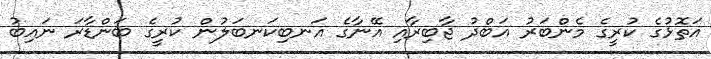
އަތޮޅުގެ ކުރީގެ މެންބަރު އަބްދު ޖާބިރާއި އޭނާގެ އަނބިކަނބަލުން ކުރީގެ ބަންޑާރަ ނައިބު